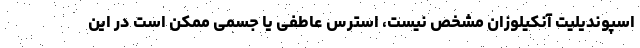
اسپوندیلیت آنکیلوزان مشخص نیست، استرس عاطفی یا جسمی ممکن است در این